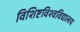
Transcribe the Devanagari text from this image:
विशिष्टविश्वविद्यालय